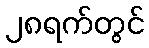
၂၈ရက်တွင်